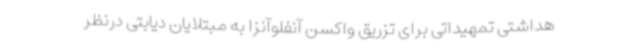
هداشتی تمهیداتی برای تزریق واکسن آنفلوآنزا به مبتلایان دیابتی درنظر